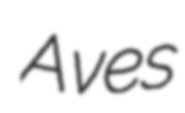
Aves